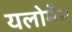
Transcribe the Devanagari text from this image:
यलोमैन